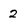
Character: 2